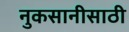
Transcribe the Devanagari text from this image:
नुकसानीसाठी